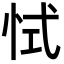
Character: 恜